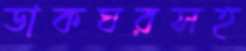
ডাকঘরসহ